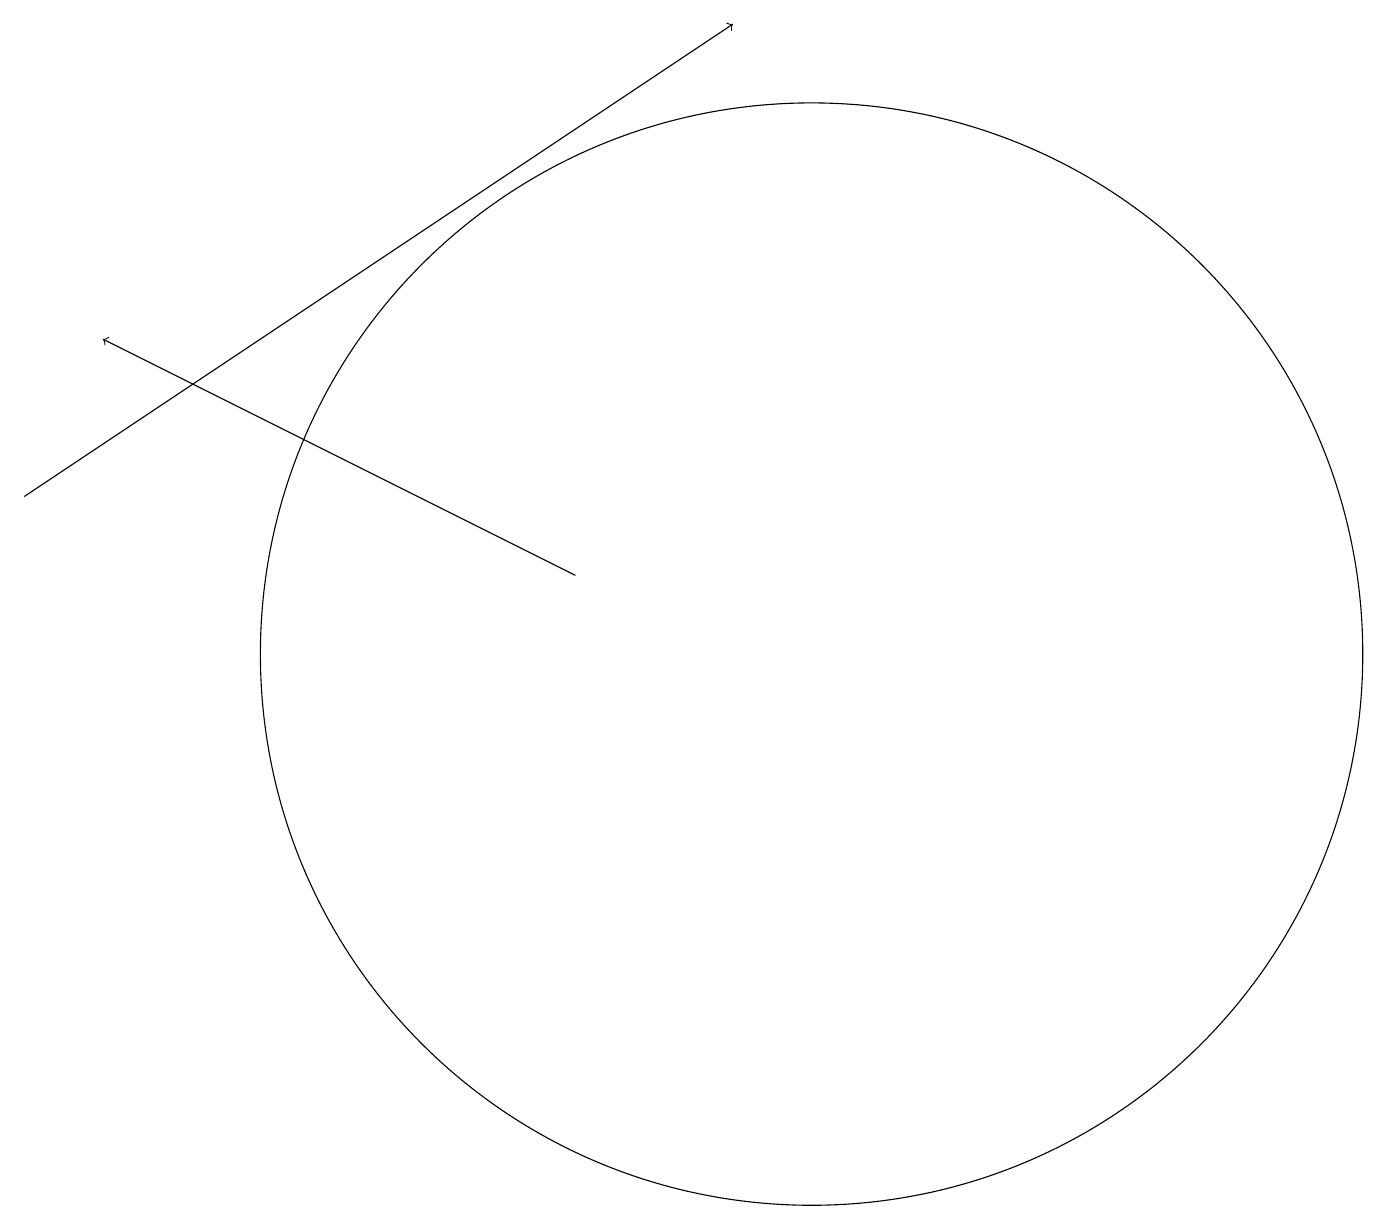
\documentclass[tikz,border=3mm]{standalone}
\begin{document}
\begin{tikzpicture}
\draw[->] (7,12) -- (1,15);
\draw[->] (0,13) -- (9,19);
\draw (10,11) circle (7);
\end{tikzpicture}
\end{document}